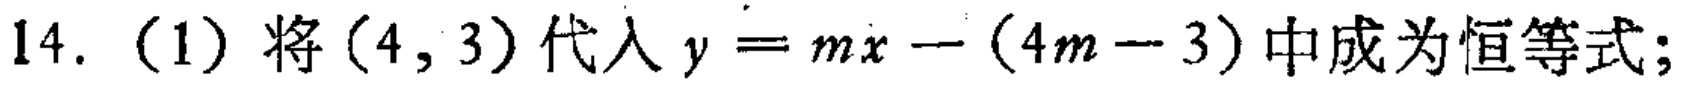
14. (1) 将\((4,3)\)代入\(y = mx-(4m - 3)\)中成为恒等式;